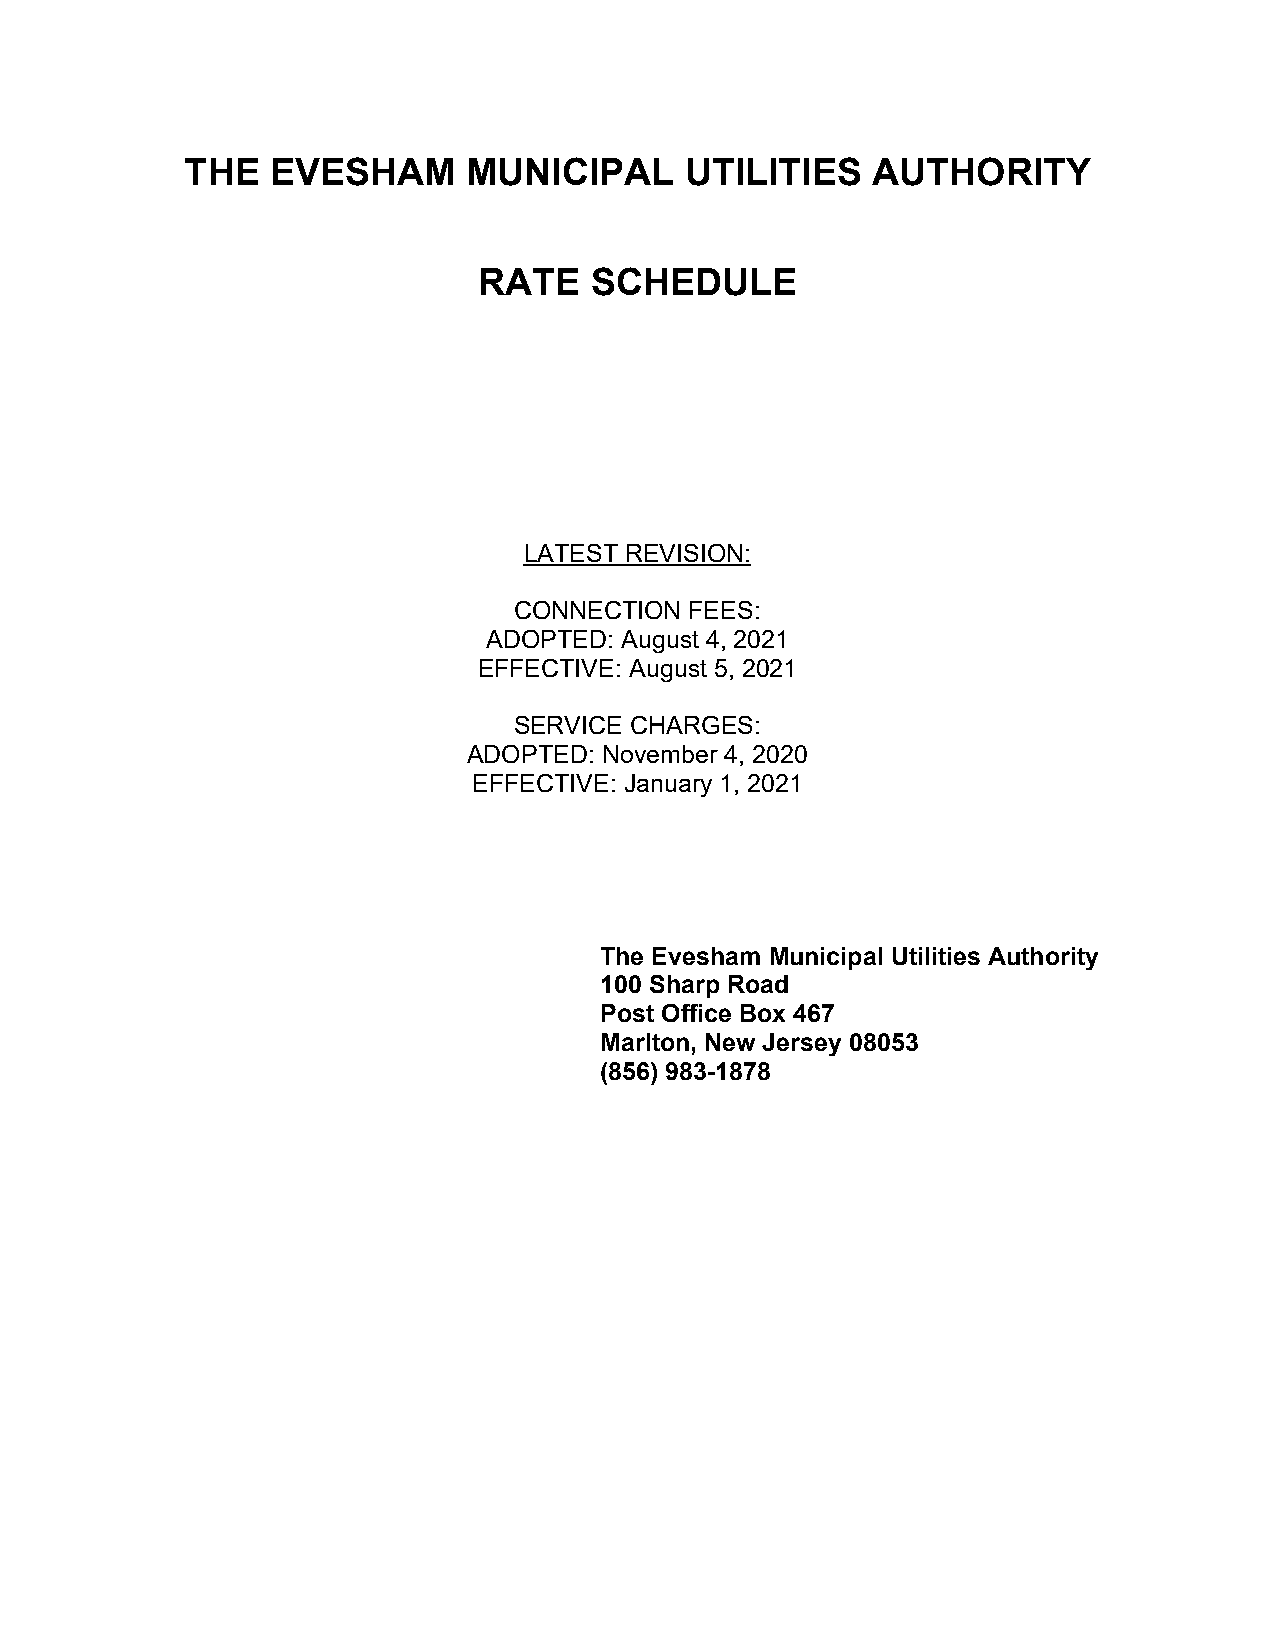
THE   EVESHAM      MUNICIPAL     UTILITIES    AUTHORITY
 RATE   SCHEDULE
 LATEST REVISION:
 CONNECTION  FEES:
 ADOPTED: August 4, 2021
 EFFECTIVE: August 5, 2021
 SERVICE CHARGES:
 ADOPTED: November 4, 2020
 EFFECTIVE: January 1, 2021
 The Evesham Municipal Utilities Authority
 100 Sharp Road
 Post Office Box 467
 Marlton, New Jersey 08053
 (856) 983-1878